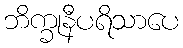
ဘိက္ခုနီပရိသာပေ